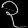
Digit: ၃